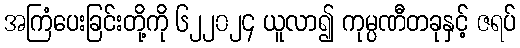
အကြံပေးခြင်းတို့ကို ၆၂၂၀၂၄ ယူလာ၍ ကုမ္ပဏီတခုနှင့် ဇရပ်